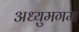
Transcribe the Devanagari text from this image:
अध्युमगम